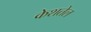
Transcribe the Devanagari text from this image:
केशतेल